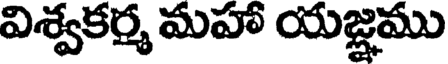
విశ్వకర్మ మహా యజ్ఞము